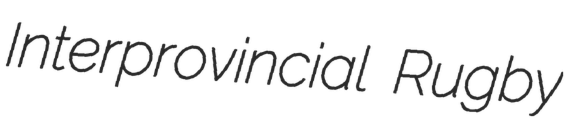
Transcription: Interprovincial Rugby